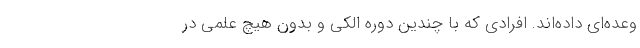
وعده‌ای داده‌اند. افرادی که با چندین دوره الکی و بدون هیچ علمی در